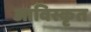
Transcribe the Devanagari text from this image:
आविस्कृत